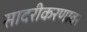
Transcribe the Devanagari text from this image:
सादरीकरणावर